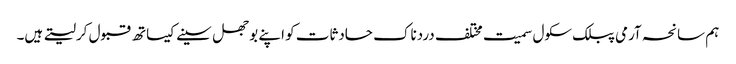
ہم سانحہ آرمی پبلک سکول سمیت مختلف دردناک حادثات کو اپنے بوجھل سینے کیساتھ قبول کرلیتے ہیں۔